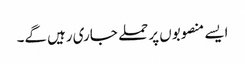
ایسے منصوبوں پر حملے جاری رہیں گے۔